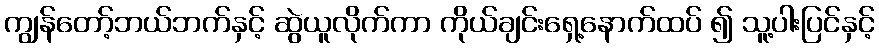
ကျွန်တော့်ဘယ်ဘက်နှင့် ဆွဲယူလိုက်ကာ ကိုယ်ချင်းရှေ့နောက်ထပ် ၍ သူ့ပါးပြင်နှင့်